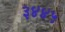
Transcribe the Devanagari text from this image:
३४४५